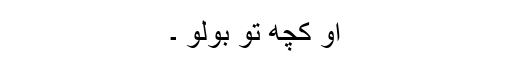
او کچھ تو بولو ۔